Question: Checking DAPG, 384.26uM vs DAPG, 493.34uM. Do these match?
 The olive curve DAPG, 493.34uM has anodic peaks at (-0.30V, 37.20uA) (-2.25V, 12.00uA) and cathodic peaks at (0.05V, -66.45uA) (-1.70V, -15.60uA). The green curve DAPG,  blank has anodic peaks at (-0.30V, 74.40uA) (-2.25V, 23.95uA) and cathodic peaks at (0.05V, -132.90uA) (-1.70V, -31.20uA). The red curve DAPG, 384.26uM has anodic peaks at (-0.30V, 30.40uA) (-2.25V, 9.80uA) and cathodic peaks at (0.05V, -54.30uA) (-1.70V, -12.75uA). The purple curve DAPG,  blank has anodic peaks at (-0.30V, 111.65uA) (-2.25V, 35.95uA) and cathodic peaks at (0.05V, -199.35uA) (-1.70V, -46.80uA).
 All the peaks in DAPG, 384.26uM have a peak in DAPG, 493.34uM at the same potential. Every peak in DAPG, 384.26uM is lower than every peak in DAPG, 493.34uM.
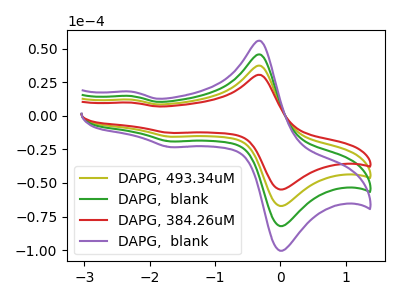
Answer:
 <answer>"DAPG, 384.26uM" and "DAPG, 493.34uM" are similar in shape.</answer>
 <eval>same_shape</eval>